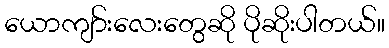
ယောကျာ်းလေးတွေဆို ပိုဆိုးပါတယ်။